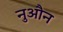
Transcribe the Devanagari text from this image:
नुऔन